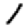
Digit: 1